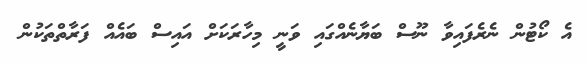
އެ ކޯޓުން ނެރެފައިވާ ނޫސް ބަޔާނެއްގައި ވަނީ މިހާރަކަށް އައިސް ބައެއް ފަރާތްތަކުން